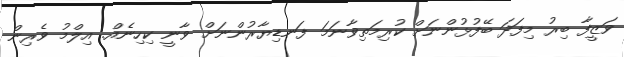
ވަޒީފާ ބިރު މިފަދަ ބޭފުޅުންނަށް ކުރިމަތިވާނަމަ ފަނޑިޔާރުންނަށް ވާނީ ކިހިނެއް. އިލްމު ވެރިން